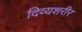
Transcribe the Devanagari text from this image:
दिव्यशरीर